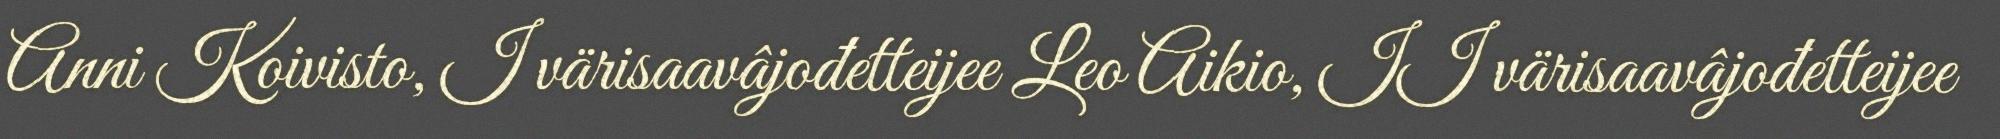
Anni Koivisto, I värisaavâjođetteijee Leo Aikio, II värisaavâjođetteijee